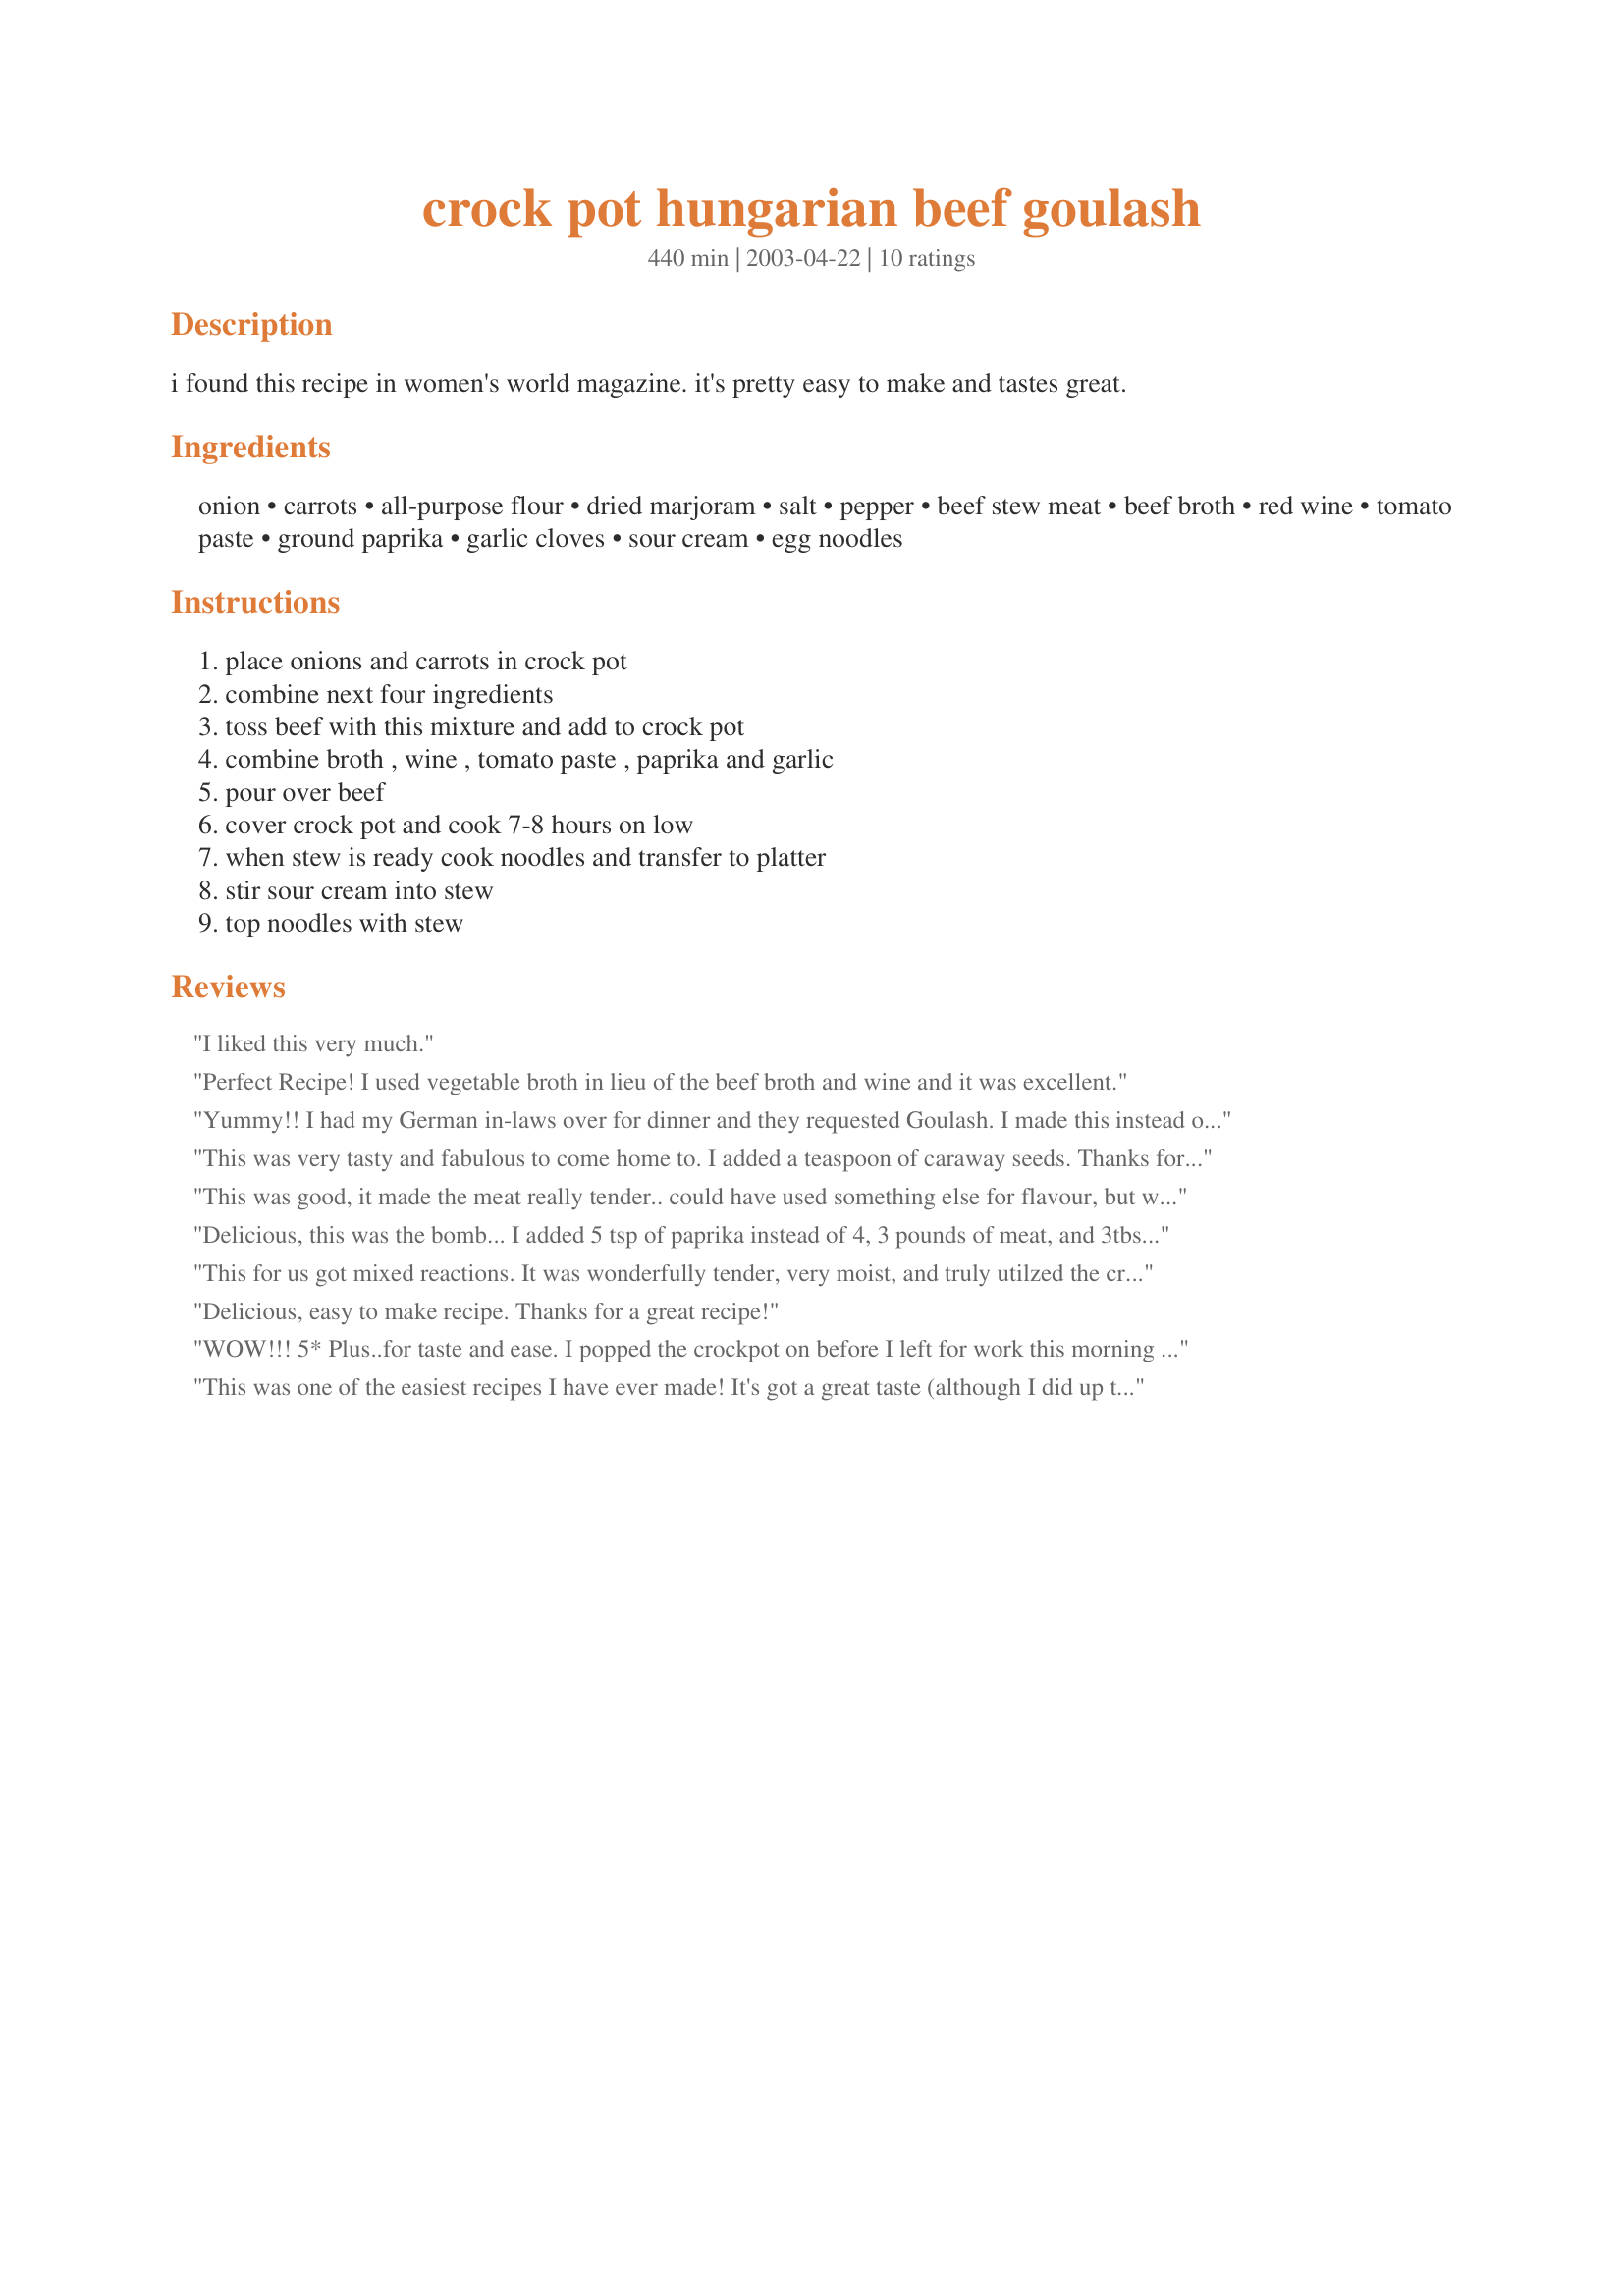
crock pot hungarian beef goulash
Preparation time: 440 minutes

i found this recipe in women's world magazine. it's pretty easy to make and tastes great.

Ingredients:
onion, carrots, all-purpose flour, dried marjoram, salt, pepper, beef stew meat, beef broth, red wine, tomato paste, ground paprika, garlic cloves, sour cream, egg noodles

Steps:
place onions and carrots in crock pot, combine next four ingredients, toss beef with this mixture and add to crock pot, combine broth , wine , tomato paste , paprika and garlic, pour over beef, cover crock pot and cook 7-8 hours on low, when stew is ready cook noodles and transfer to platter, stir sour cream into stew, top noodles with stew

Reviews:
I liked this very much.
Perfect Recipe! I used vegetable broth in lieu of the beef broth and wine and it was excellent.
Yummy!! I had my German in-laws over for dinner and they requested Goulash. I made this instead of my normal recipe which is prepared using...a package of goulash mix. Rave reviews by all. I did add in 1 tsp of caraway seeds. Thats the only change I made. DMIL wasn't too sure about the carrots. She's a picky eater. But she ate them. Served it over Spaetzle. This is a keeper for sure. Next time I will make sure and get a picture to show how yummy it is. Thanks Robin W for posting.
This was very tasty and fabulous to come home to. I added a teaspoon of caraway seeds. Thanks for sharing.
This was good, it made the meat really tender.. could have used something else for flavour, but we enjoyed it.
Delicious, this was the bomb... I added 5 tsp of paprika instead of 4, 3 pounds of meat, and 3tbs of sourcream. Just as good.
This for us got mixed reactions. It was wonderfully tender, very moist, and truly utilzed the crock pot well. I added the caraway seeds suggested in another review & they were a jarring note for our tastes. I would also add less wine next time. Made for Spring '09 Pick A Chef.
Delicious, easy to make recipe. Thanks for a great recipe!
WOW!!! 5* Plus..for taste and ease.
I popped the crockpot on before I left for work this morning and came home to the most wonderful aroma. The meat was fall apart tender and oh so tasty!!
Without a doubt this will become a regular at our house. Thanks so much for sharing.
This was one of the easiest recipes I have ever made! It's got a great taste (although I did up the paprika to 5 teaspoons and added about two teaspoons of chili powder)! DEEEELISIOSO!! Thank you!!
